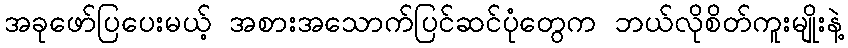
အခုဖော်ပြပေးမယ့် အစားအသောက်ပြင်ဆင်ပုံတွေက ဘယ်လိုစိတ်ကူးမျိုးနဲ့